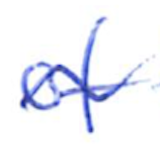
Text: of
Cross-out: wave
Writing tool: ballpoint